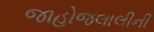
જાહોજલાલીની